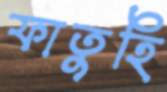
ফাতুহি